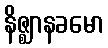
နိဇ္ဈာနခမော